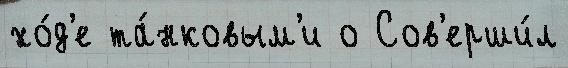
хо́д'е та́нковым'и о Сов'ерши́л